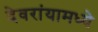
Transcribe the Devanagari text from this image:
देवरांयामध्ये